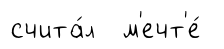
счита́л м'ечт'е́